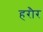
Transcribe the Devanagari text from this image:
हरौर